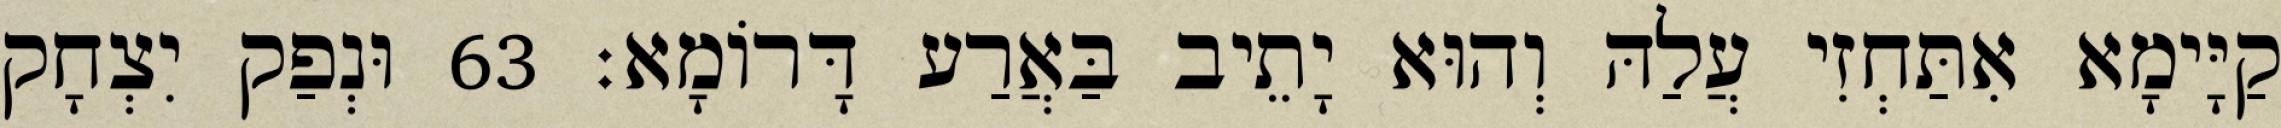
קַיָּימָא אִתַּחְזִי עֲלַהּ וְהוּא יָתֵיב בַּאֲרַע דָּרוֹמָא׃ 63 וּנְפַק יִצְחָק